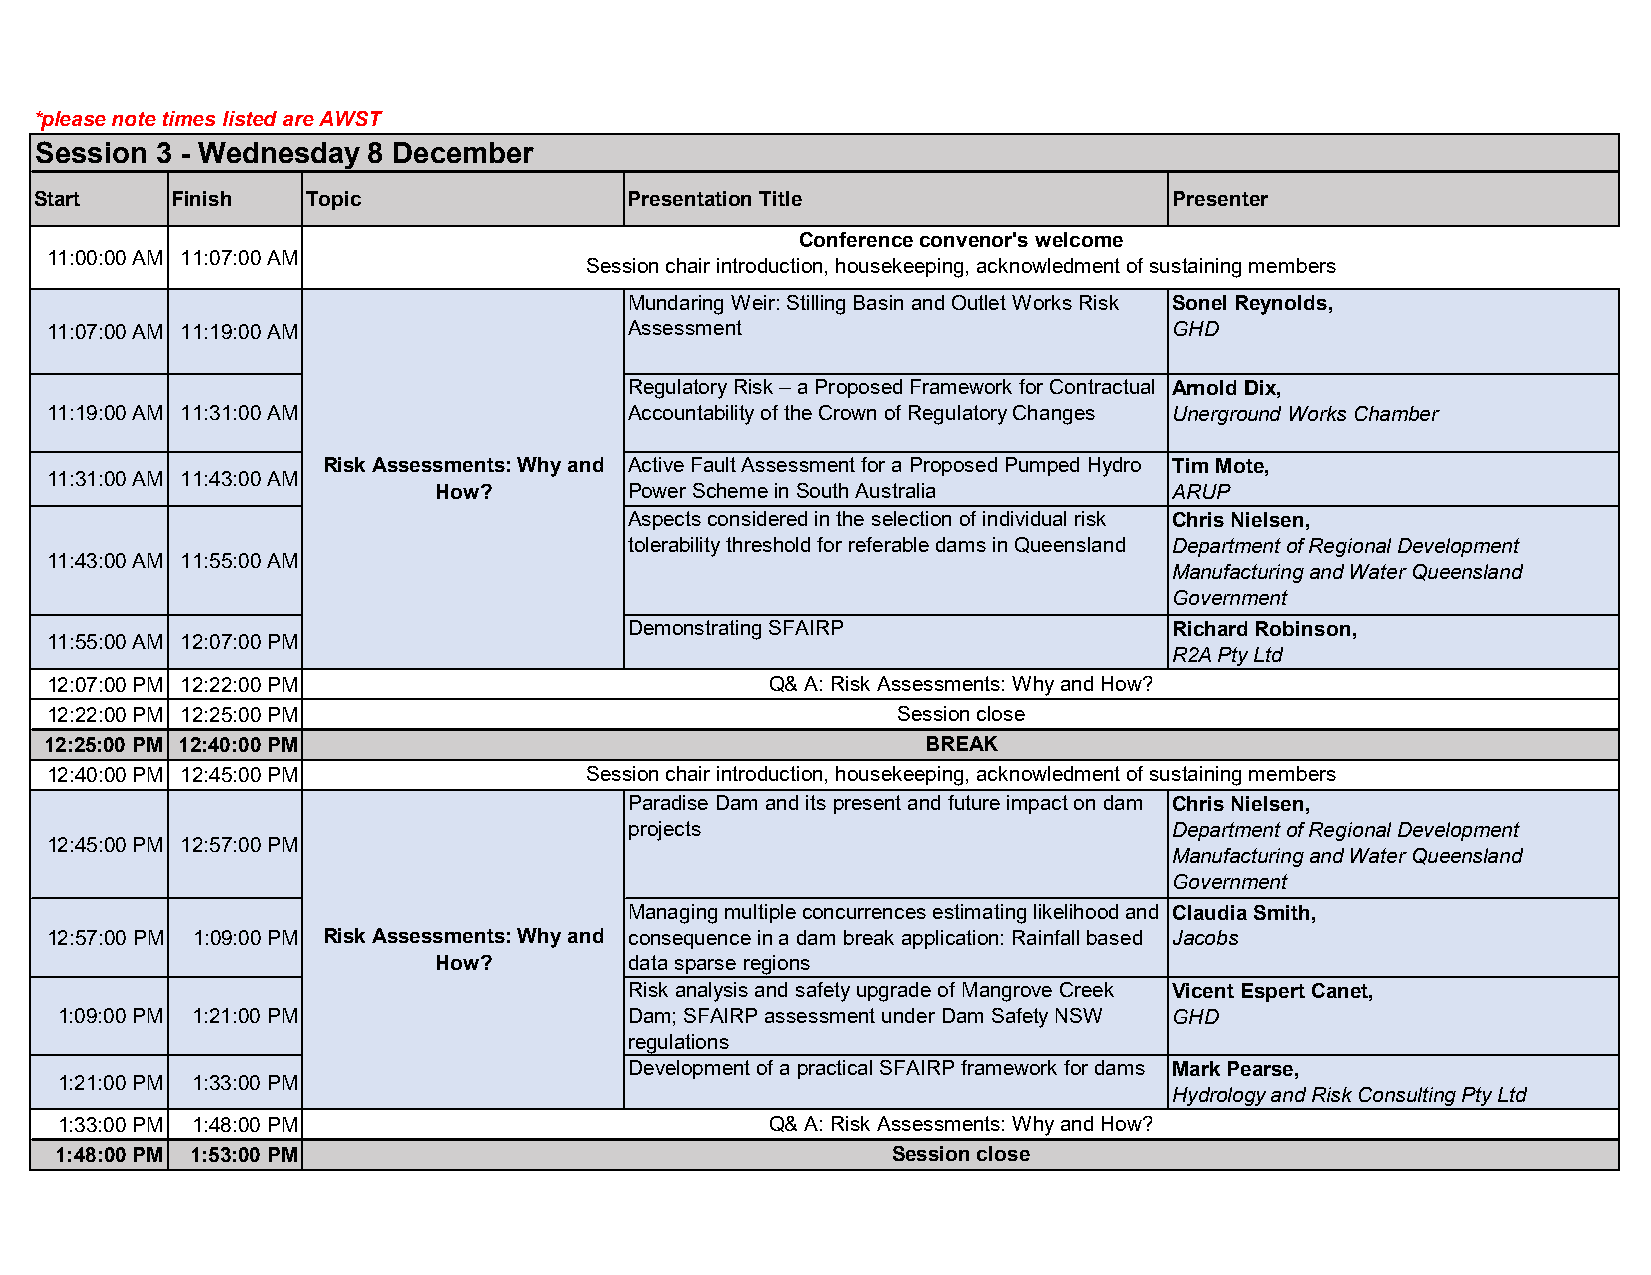
*please note times listed are AWST
 Session 3 - Wednesday 8 December
 Start    Finish   Topic                 Presentation Title                  Presenter
 Conference convenor's welcome
 11:00:00 AM 11:07:00 AM
 Session chair introduction, housekeeping, acknowledment of sustaining members
 Mundaring Weir: Stilling Basin and Outlet Works Risk Sonel Reynolds,
 11:07:00 AM 11:19:00 AM                Assessment                          GHD
 Regulatory Risk – a Proposed Framework for Contractual Arnold Dix,
 11:19:00 AM 11:31:00 AM                Accountability of the Crown of Regulatory Changes Unerground Works Chamber
 Risk Assessments: Why and Active Fault Assessment for a Proposed Pumped Hydro Tim Mote,
 11:31:00 AM 11:43:00 AM
 How?         Power Scheme in South Australia     ARUP
 Aspects considered in the selection of individual risk Chris Nielsen,
 tolerability threshold for referable dams in Queensland Department of Regional Development
 11:43:00 AM 11:55:00 AM
 Manufacturing and Water Queensland
 Government
 Demonstrating SFAIRP                Richard Robinson,
 11:55:00 AM 12:07:00 PM
 R2A Pty Ltd
 12:07:00 PM 12:22:00 PM                         Q& A: Risk Assessments: Why and How?
 12:22:00 PM 12:25:00 PM                                 Session close
 12:25:00 PM 12:40:00 PM                                   BREAK
 12:40:00 PM 12:45:00 PM             Session chair introduction, housekeeping, acknowledment of sustaining members
 Paradise Dam and its present and future impact on dam Chris Nielsen,
 projects                            Department of Regional Development
 12:45:00 PM 12:57:00 PM
 Manufacturing and Water Queensland
 Government
 Managing multiple concurrences estimating likelihood and Claudia Smith,
 12:57:00 PM 1:09:00 PM Risk Assessments: Why and consequence in a dam break application: Rainfall based Jacobs
 How?         data sparse regions
 Risk analysis and safety upgrade of Mangrove Creek Vicent Espert Canet,
 1:09:00 PM 1:21:00 PM                 Dam; SFAIRP assessment under Dam Safety NSW GHD
 regulations
 Development of a practical SFAIRP framework for dams Mark Pearse,
 1:21:00 PM 1:33:00 PM
 Hydrology and Risk Consulting Pty Ltd
 1:33:00 PM 1:48:00 PM                          Q& A: Risk Assessments: Why and How?
 1:48:00 PM 1:53:00 PM                                  Session close